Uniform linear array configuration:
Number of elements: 48
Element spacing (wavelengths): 0.25
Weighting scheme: blackman
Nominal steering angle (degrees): -15
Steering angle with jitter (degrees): -13.639
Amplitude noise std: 0.05
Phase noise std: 0.05

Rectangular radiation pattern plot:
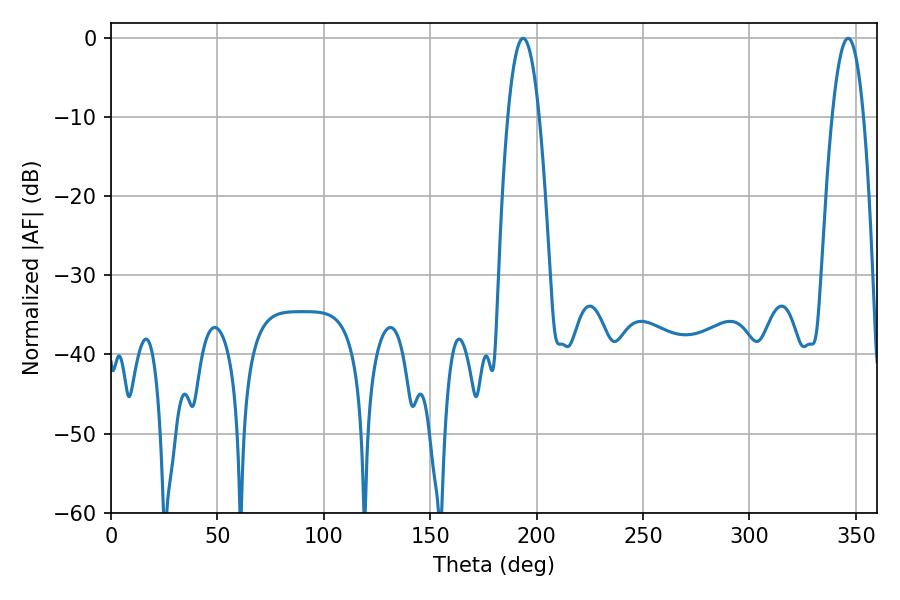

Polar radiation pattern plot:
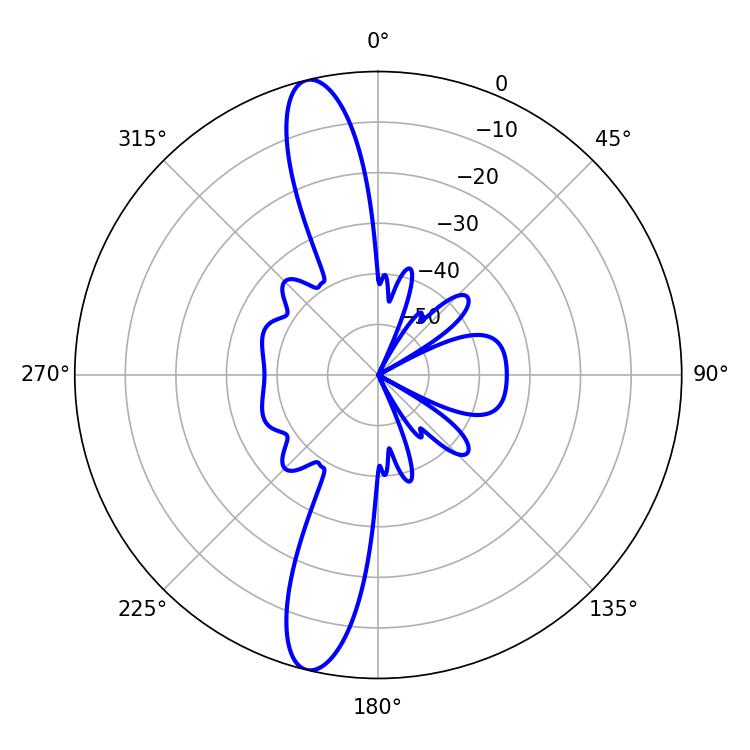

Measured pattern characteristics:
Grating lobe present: FALSE
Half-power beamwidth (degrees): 8.1
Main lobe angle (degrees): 193.68